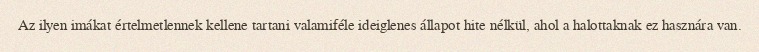
Az ilyen imákat értelmetlennek kellene tartani valamiféle ideiglenes állapot hite nélkül, ahol a halottaknak ez hasznára van.